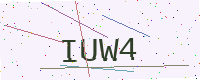
Text: IUW4